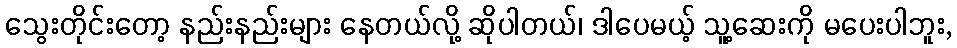
သွေးတိုင်းတော့ နည်းနည်းများ နေတယ်လို့ ဆိုပါတယ်၊ ဒါပေမယ့် သူ့ဆေးကို မပေးပါဘူး,